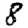
Digit: 8